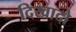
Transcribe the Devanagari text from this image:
दिखादो